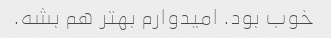
خوب بود. امیدوارم بهتر هم بشه.